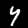
Label: 4